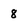
Character: 8